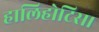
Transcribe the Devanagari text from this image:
हालिहोटिस।